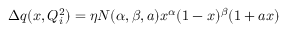
\Delta q ( x , Q _ { i } ^ { 2 } ) = \eta N ( \alpha , \beta , a ) x ^ { \alpha } ( 1 - x ) ^ { \beta } ( 1 + a x )